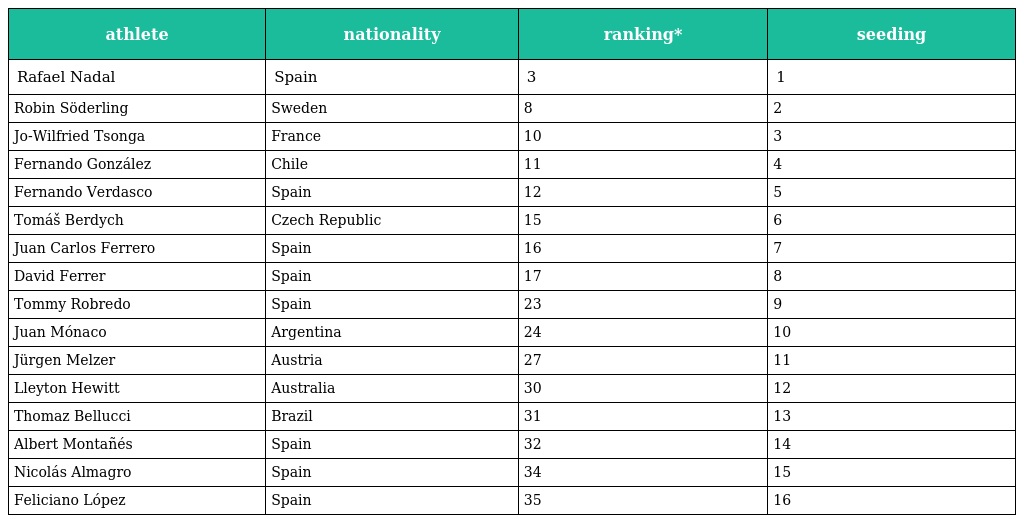
| athlete | nationality | ranking* | seeding |
 | --- | --- | --- | --- |
 | Rafael Nadal | Spain | 3 | 1 |
 | Robin Söderling | Sweden | 8 | 2 |
 | Jo-Wilfried Tsonga | France | 10 | 3 |
 | Fernando González | Chile | 11 | 4 |
 | Fernando Verdasco | Spain | 12 | 5 |
 | Tomáš Berdych | Czech Republic | 15 | 6 |
 | Juan Carlos Ferrero | Spain | 16 | 7 |
 | David Ferrer | Spain | 17 | 8 |
 | Tommy Robredo | Spain | 23 | 9 |
 | Juan Mónaco | Argentina | 24 | 10 |
 | Jürgen Melzer | Austria | 27 | 11 |
 | Lleyton Hewitt | Australia | 30 | 12 |
 | Thomaz Bellucci | Brazil | 31 | 13 |
 | Albert Montañés | Spain | 32 | 14 |
 | Nicolás Almagro | Spain | 34 | 15 |
 | Feliciano López | Spain | 35 | 16 |